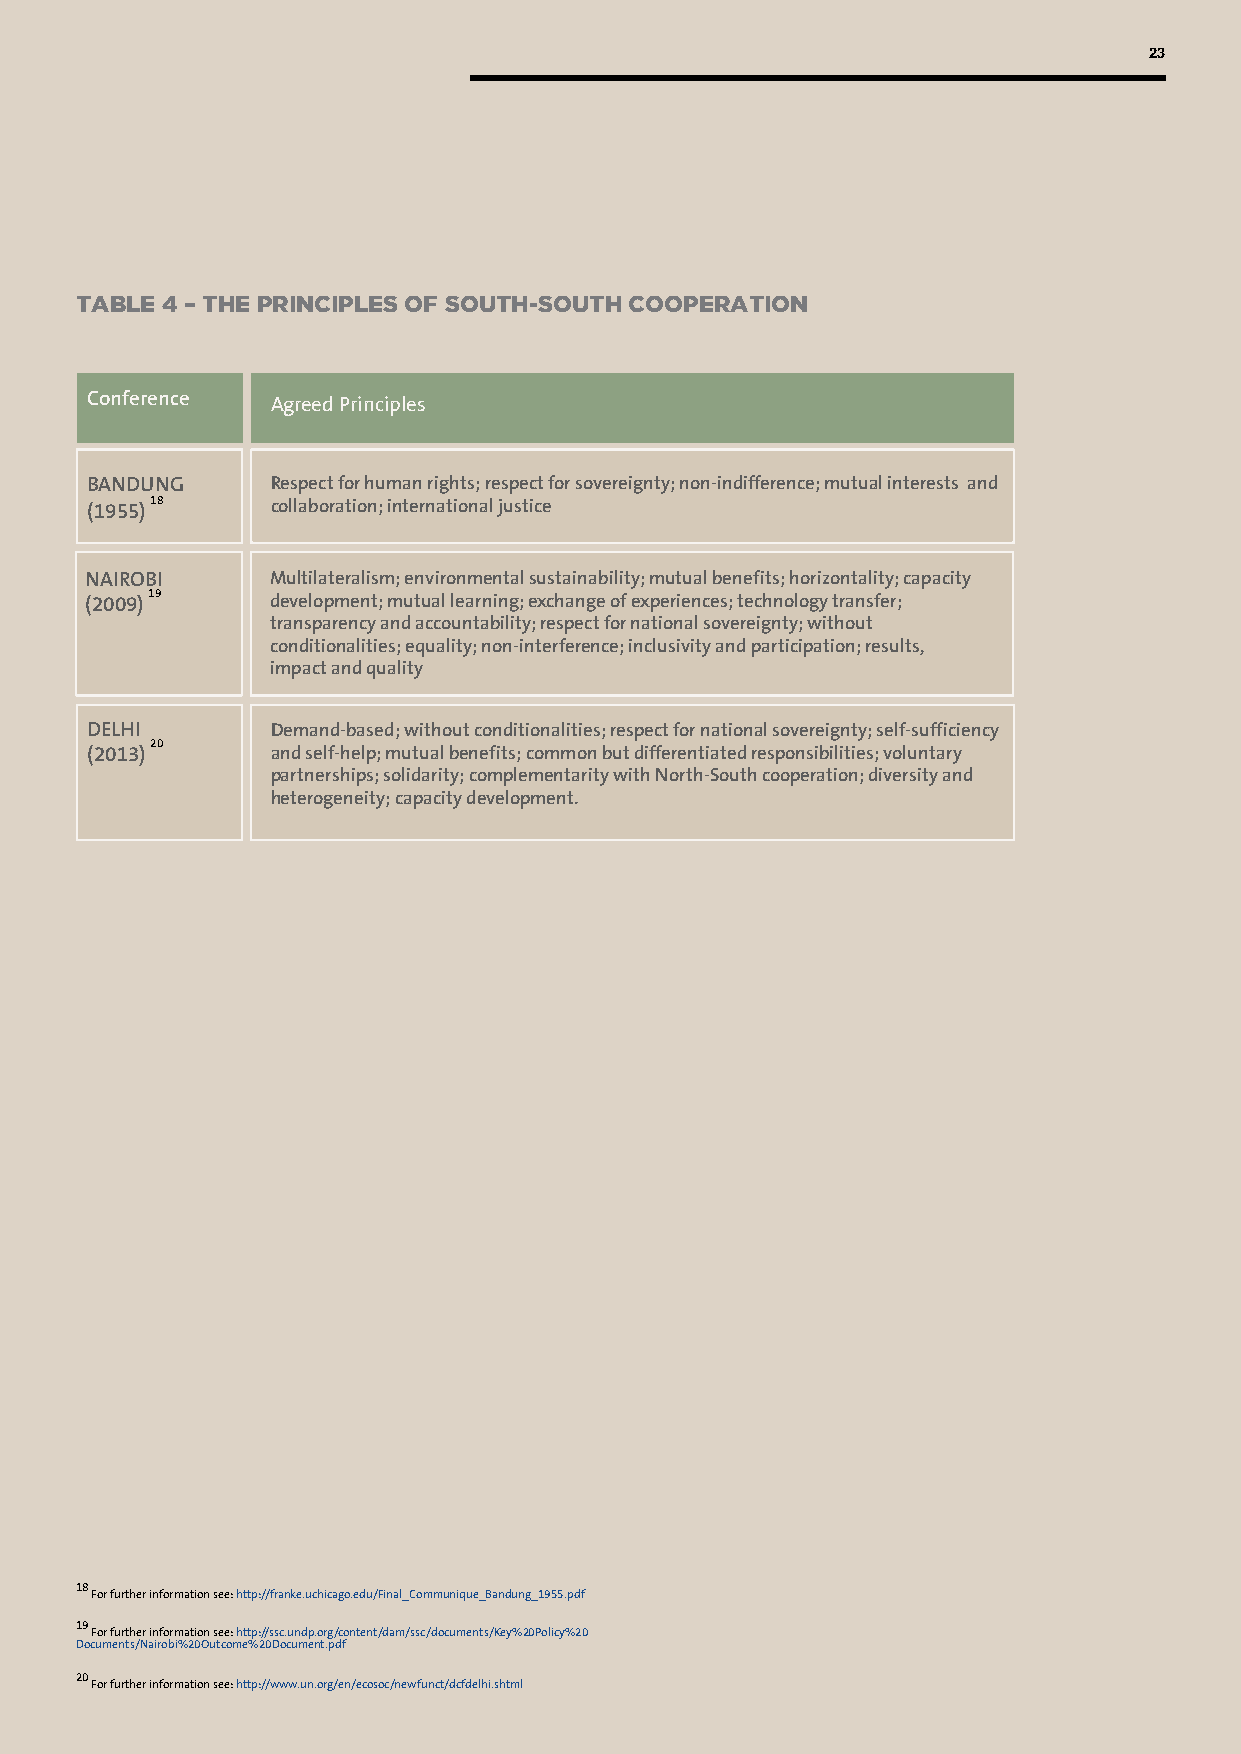
23
 TABLE 4 – THE PRINCIPLES OF SOUTH-SOUTH COOPERATION
 Conference  Agreed Principles
 BANDUNG     Respect for human rights; respect for sovereignty; non-indifference; mutual interests and
 (1955) 18   collaboration; international justice
 NAIROBI     Multilateralism; environmental sustainability; mutual benefits; horizontality; capacity
 (2009) 19   development; mutual learning; exchange of experiences; technology transfer;
 transparency and accountability; respect for national sovereignty; without
 conditionalities; equality; non-interference; inclusivity and participation; results,
 impact and quality
 DELHI       Demand-based; without conditionalities; respect for national sovereignty; self-sufficiency
 20
 (2013)      and self-help; mutual benefits; common but differentiated responsibilities; voluntary
 partnerships; solidarity; complementarity with North-South cooperation; diversity and
 heterogeneity; capacity development.
 18
 For further information see: http://franke.uchicago.edu/Final_Communique_Bandung_1955.pdf
 19
 For further information see: http://ssc.undp.org/content/dam/ssc/documents/Key%20Policy%20
 Documents/Nairobi%20Outcome%20Document.pdf
 20
 For further information see: http://www.un.org/en/ecosoc/newfunct/dcfdelhi.shtml